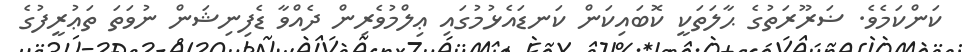
ކަންކަމެވެ. ޟަރޫރަތުގެ ޙާލަތަކީ ކޮބައިކަން ކަނޑައެޅުމުގައި ޢިލްމުވެރިން ދެއްވާ ޑެފިނިޝަން ނުވަތަ ތަޢުރީފުގެ